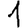
Digit: 1